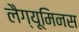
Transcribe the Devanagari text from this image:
लैग्यूमिनस